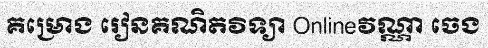
គម្រោង រៀនគណិតវិទ្យា Onlineវណ្ណា ចេង